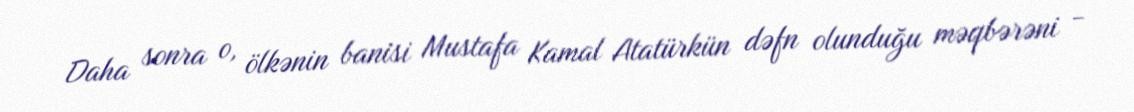
Daha sonra o, ölkənin banisi Mustafa Kamal Atatürkün dəfn olunduğu məqbərəni -